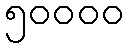
၅၀၀၀၀